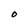
Character: O